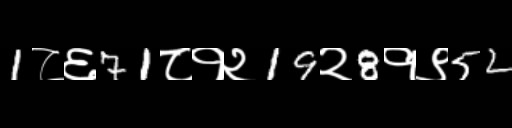
Text: 1८६71८१२19२8१९52